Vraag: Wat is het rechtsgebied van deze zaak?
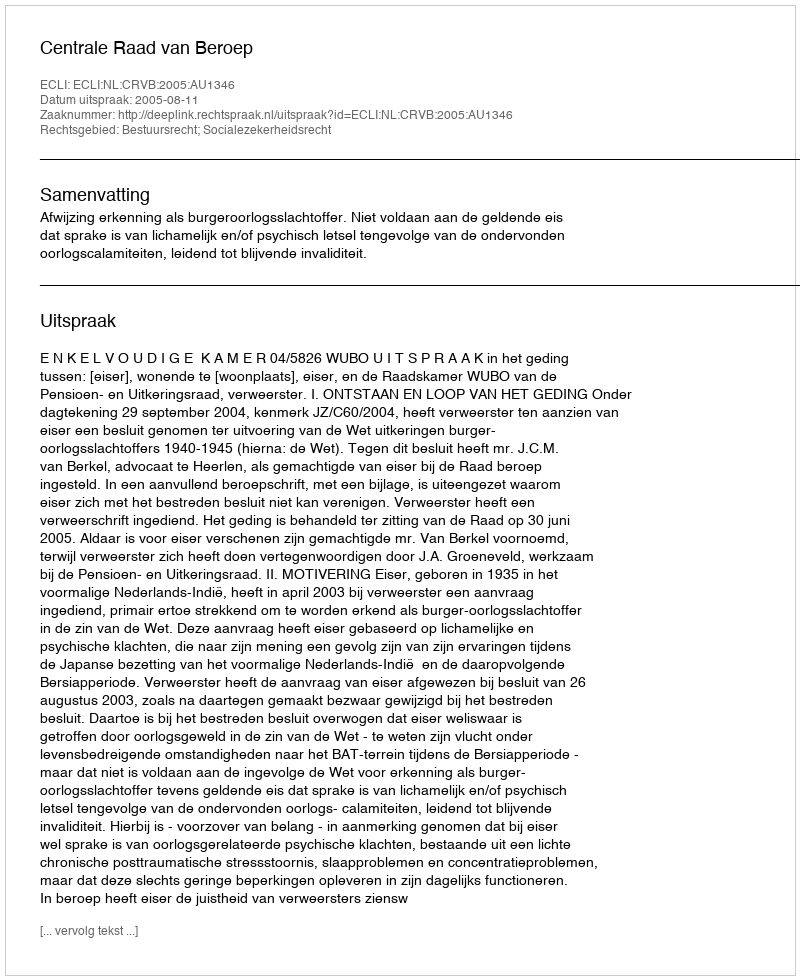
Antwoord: Bestuursrecht; Socialezekerheidsrecht